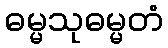
ဓမ္မသုဓမ္မတံ